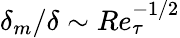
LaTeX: \delta_{m}/\delta\sim Re_{\tau}^{-1/2}